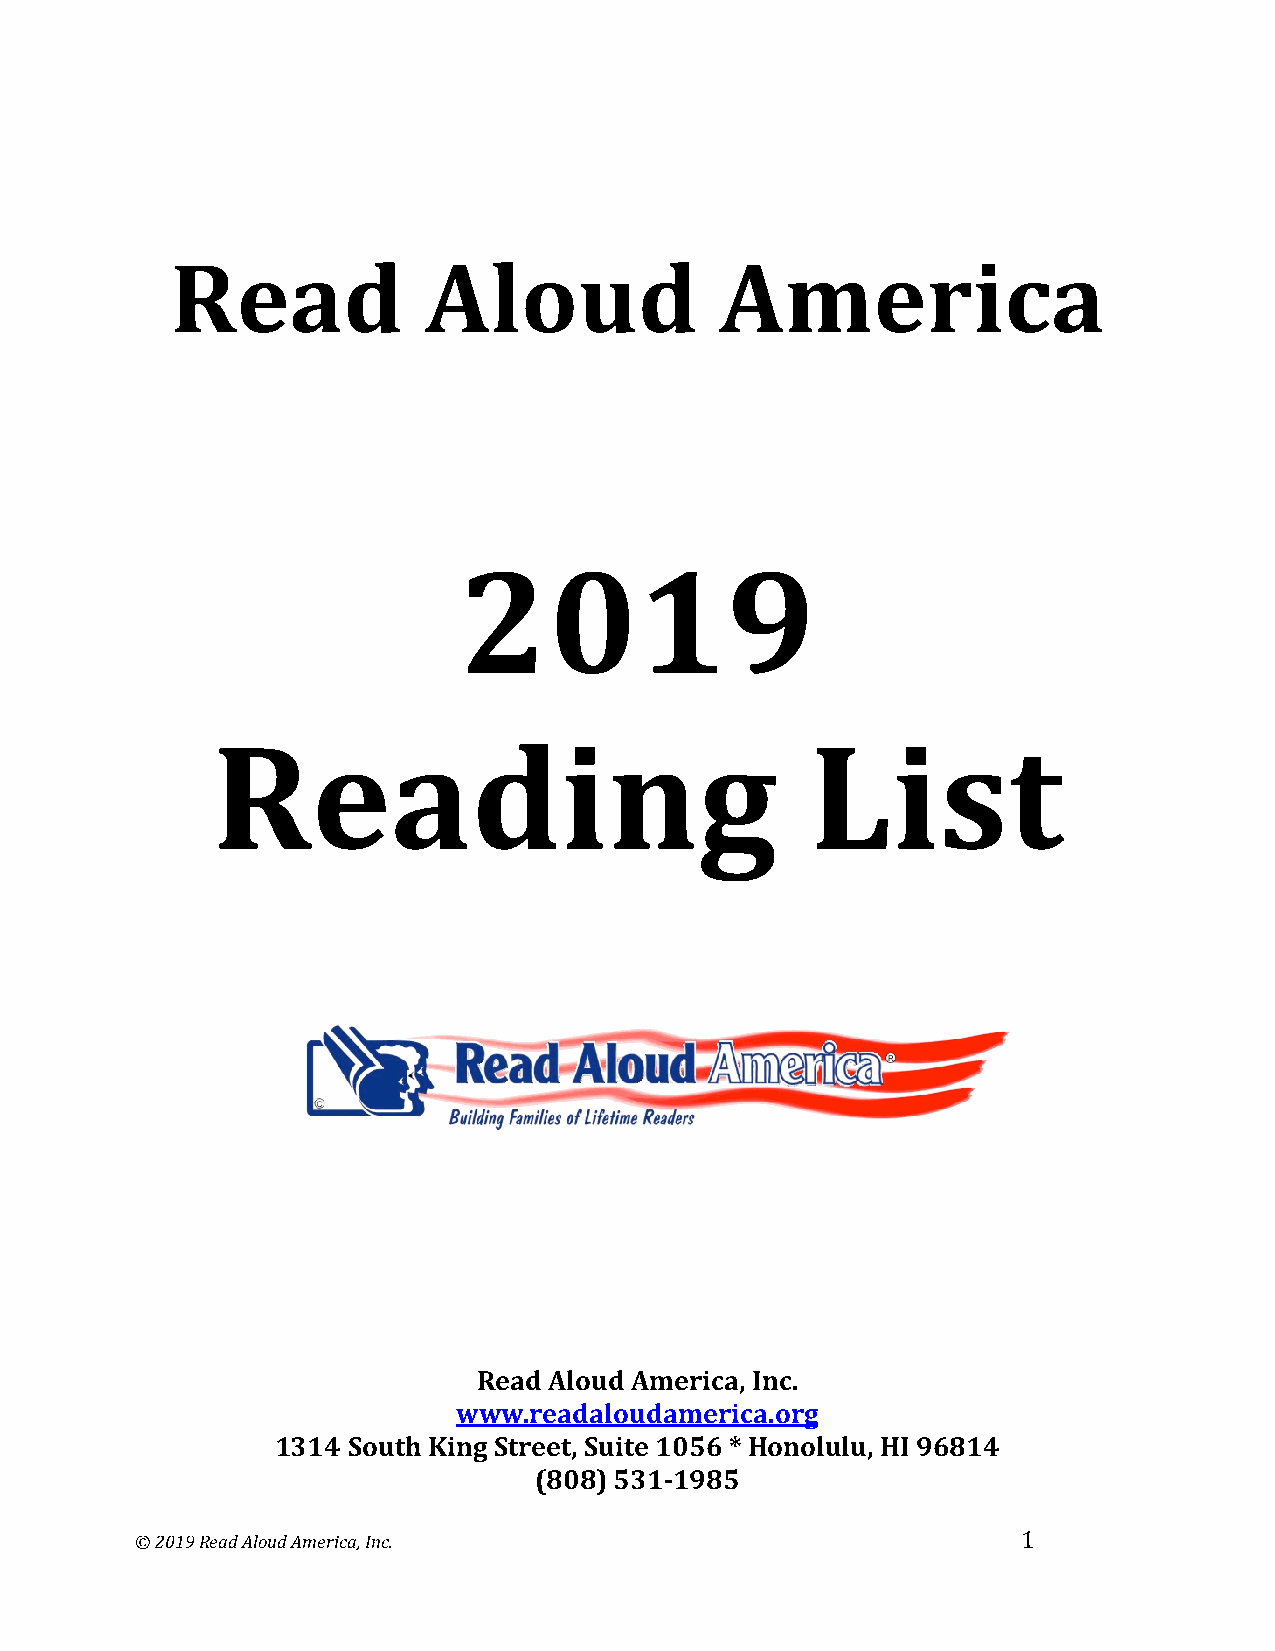
Read             Aloud               America
 2019
 Reading                                 List
 Read Aloud America, Inc.
 www.readaloudamerica.org
 1314 South King Street, Suite 1056 * Honolulu, HI 96814
 (808) 531-1985
 © 2019 Read Aloud America, Inc.                            1